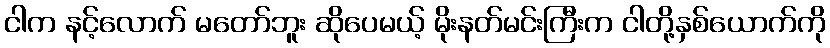
ငါက နင့်လောက် မတော်ဘူး ဆိုပေမယ့် မိုးနတ်မင်းကြီးက ငါတို့နှစ်ယောက်ကို